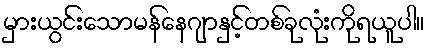
မှားယွင်းသောမန်နေဂျာနှင့်တစ်ခုလုံးကိုရယူပါ။